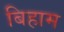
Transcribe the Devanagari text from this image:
बिहाम